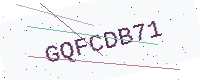
Text: GQFCDB71